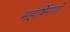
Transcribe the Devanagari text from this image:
महर्षिगणों